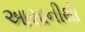
આસાનીથી